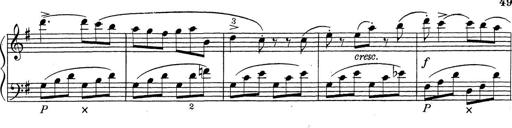
Title: ÄŒeskÃ© Sonatiny
Composer: Various